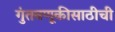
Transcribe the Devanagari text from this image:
गुंतवणूकीसाठीची